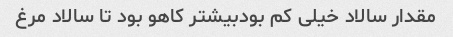
مقدار سالاد خیلی کم بودبیشتر کاهو بود تا سالاد مرغ